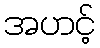
အဟင့်